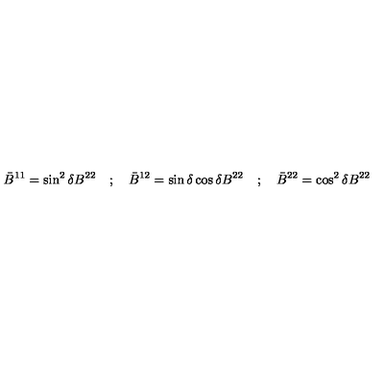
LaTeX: { \bar { B } } ^ { 1 1 } = \sin ^ { 2 } \delta B ^ { 2 2 } \quad ; \quad { \bar { B } } ^ { 1 2 } = \sin \delta \cos \delta B ^ { 2 2 } \quad ; \quad { \bar { B } } ^ { 2 2 } = \cos ^ { 2 } \delta B ^ { 2 2 }